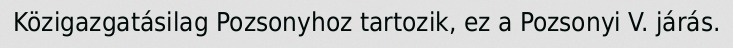
Közigazgatásilag Pozsonyhoz tartozik, ez a Pozsonyi V. járás.